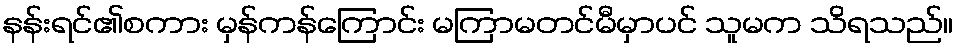
နန်းရင်၏စကား မှန်ကန်ကြောင်း မကြာမတင်မီမှာပင် သူမက သိရသည်။